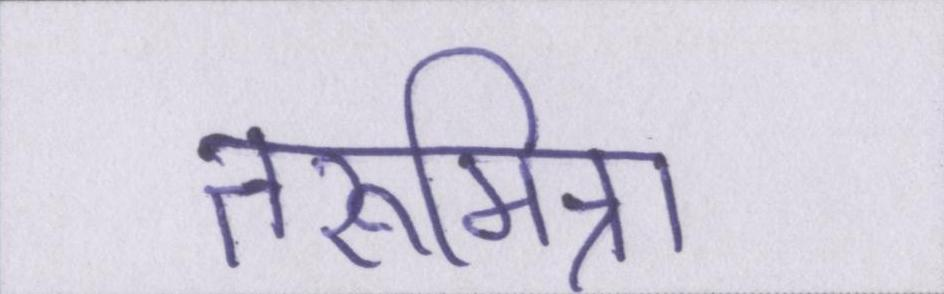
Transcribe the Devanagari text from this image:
तरूमित्रा